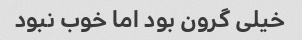
خیلی گرون بود اما خوب نبود